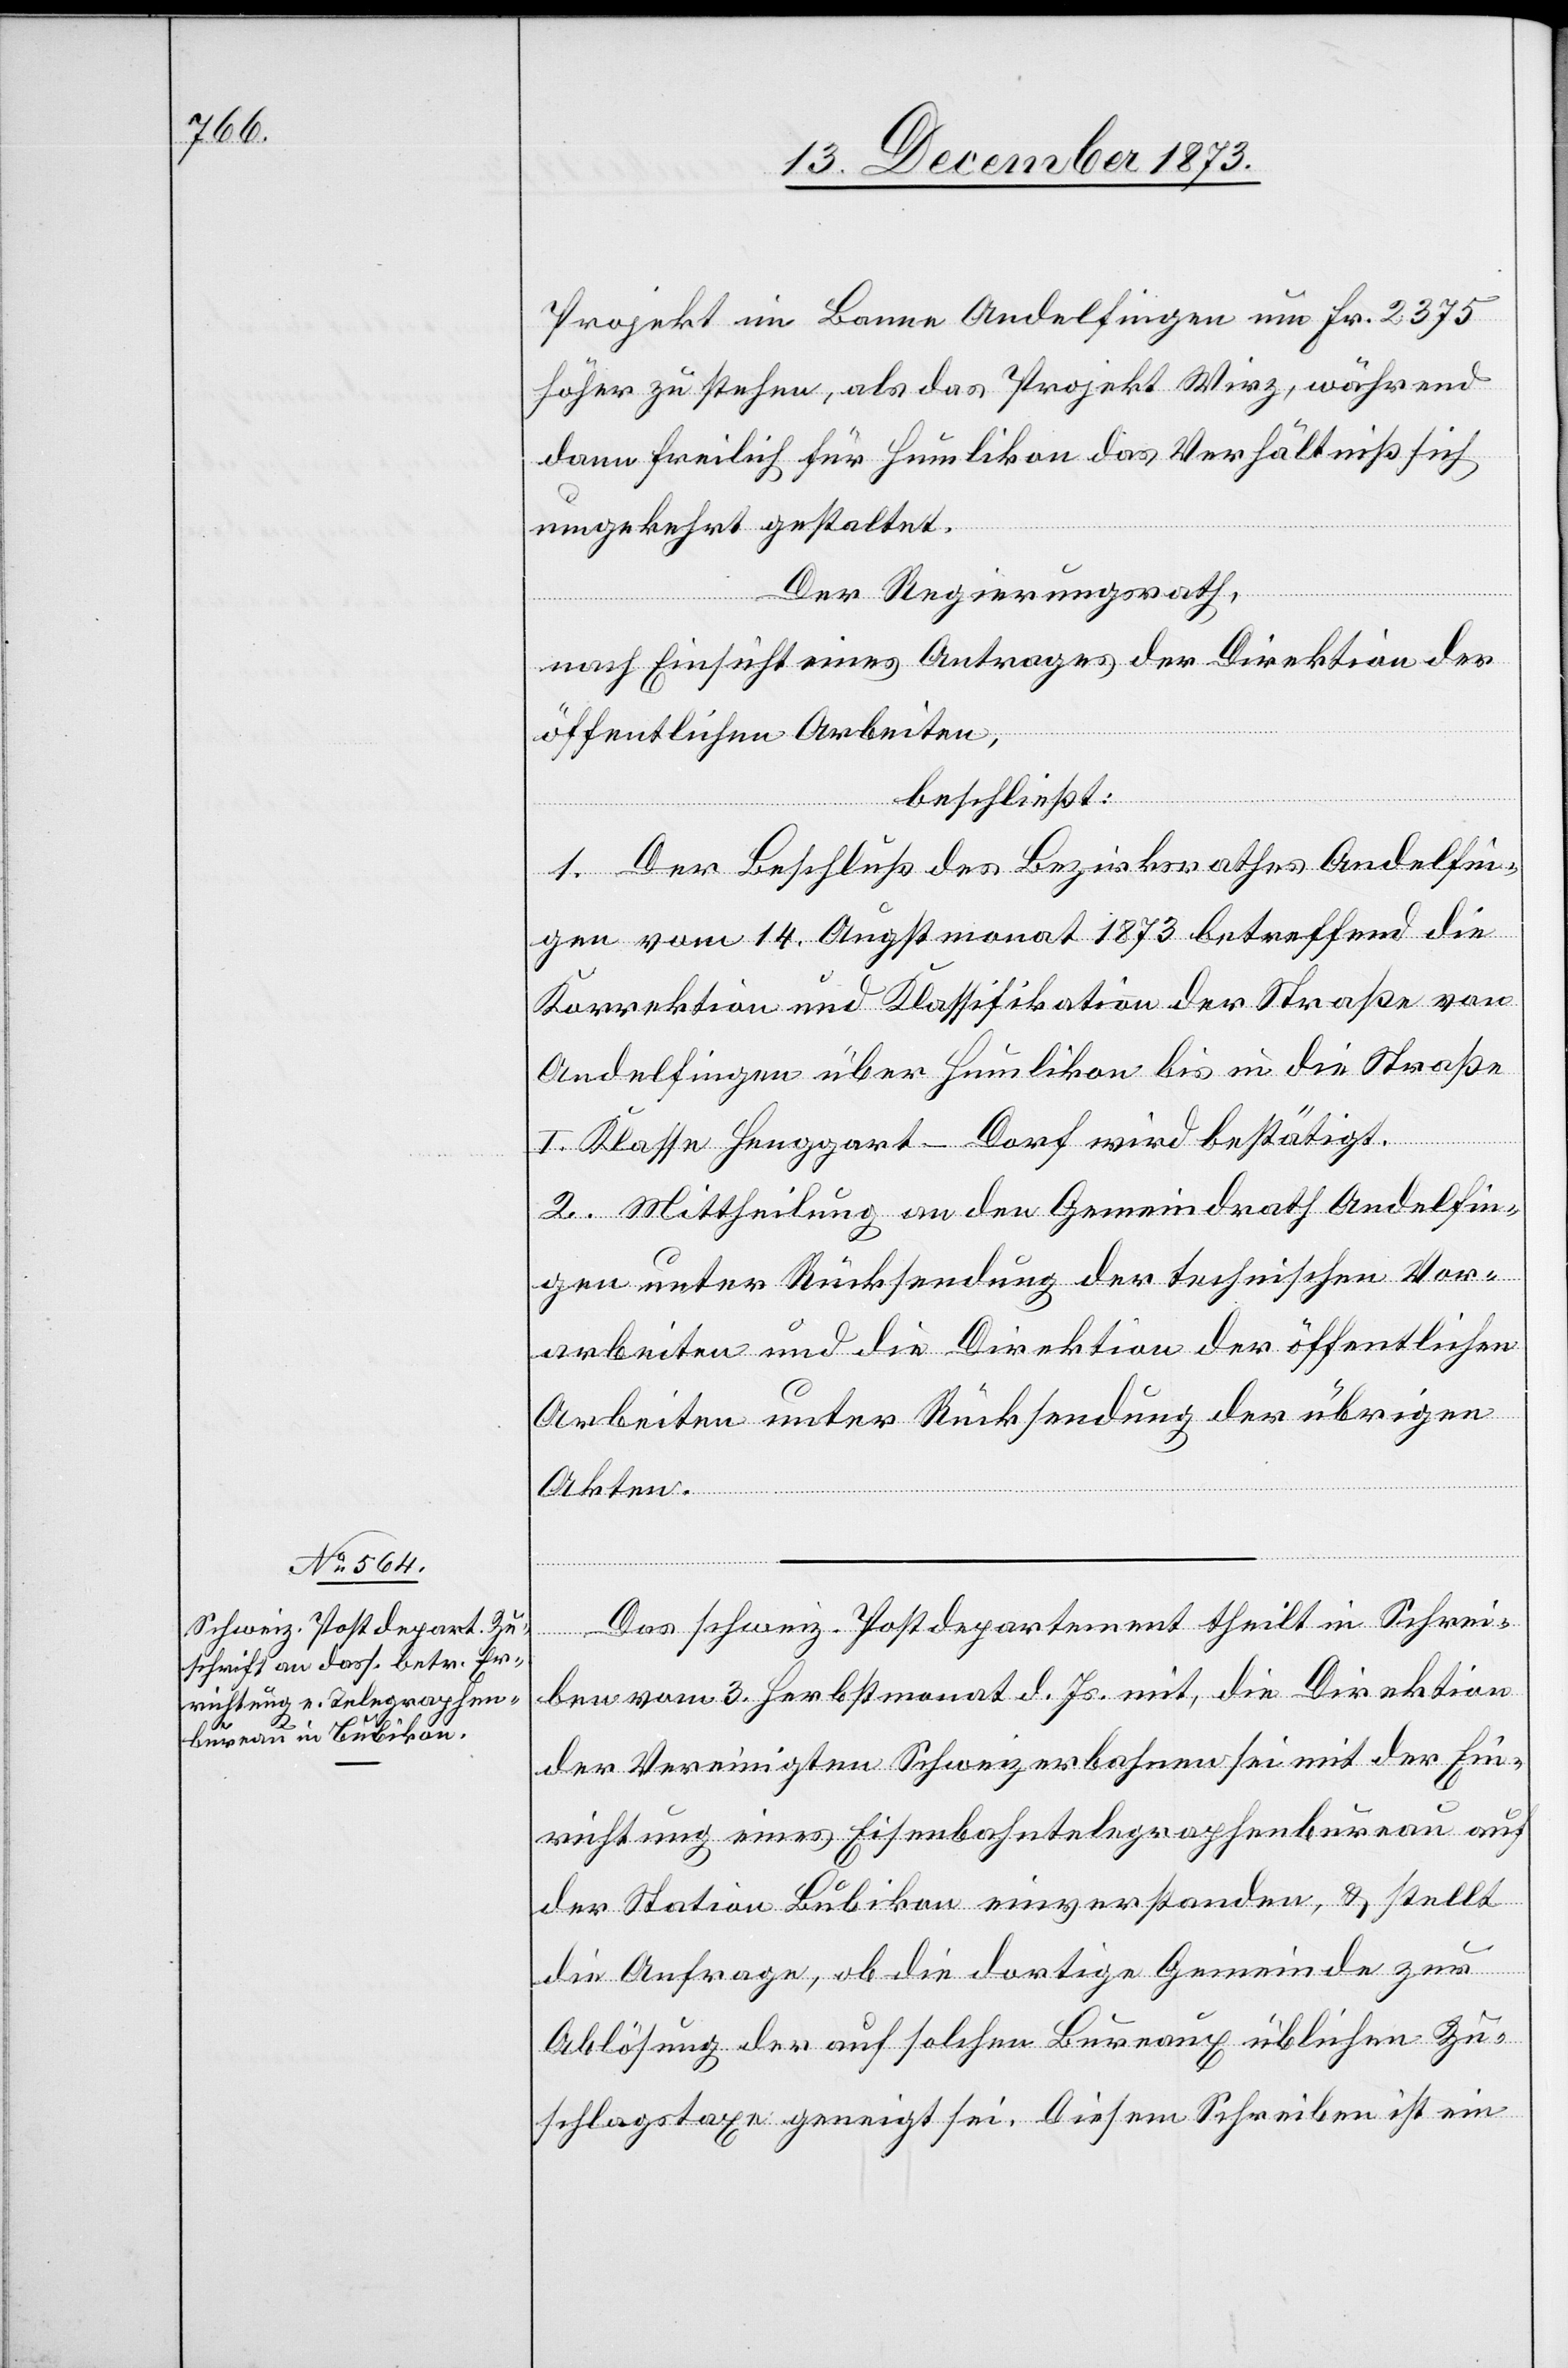
Projekt im Banne Andelfingen um Fr. 2 375
höher zu stehen, als das Projekt Wirz, während
dann freilich für Humlikon das Verhältniß sich
umgekehrt gestaltet.
Der Regierungsrath,
nach Einsicht eines Antrages der Direktion der
öffentlichen Arbeiten,
beschließt:
1. Der Beschluß des Bezirksrathes Andelfin¬
gen vom 14. Augstmonat 1873 betreffend die
Korrektion und Klassifikation der Straße von
Andelfingen über Humlikon bis in die Straße
I. Klasse Henggart-Dorf wird bestätigt.
2. Mittheilung an den Gemeindrath Andelfin¬
gen unter Rücksendung der technischen Vor¬
arbeiten und die Direktion der öffentlichen
Arbeiten unter Rücksendung der übrigen
Akten.
Das schweiz. Postdepartement theilt in Schrei¬
ben vom 3. Herbstmonat d. Js. mit, die Direktion
der Vereinigten Schweizerbahnen sei mit der Ein¬
richtung eines Eisenbahntelegraphenbureau auf
der Station Bubikon einverstanden, & stellt
die Anfrage, ob die dortige Gemeinde zur
Ablösung der auf solchen Bureaux üblichen Zu¬
schlagstaxe geneigt sei. Diesem Schreiben ist ein